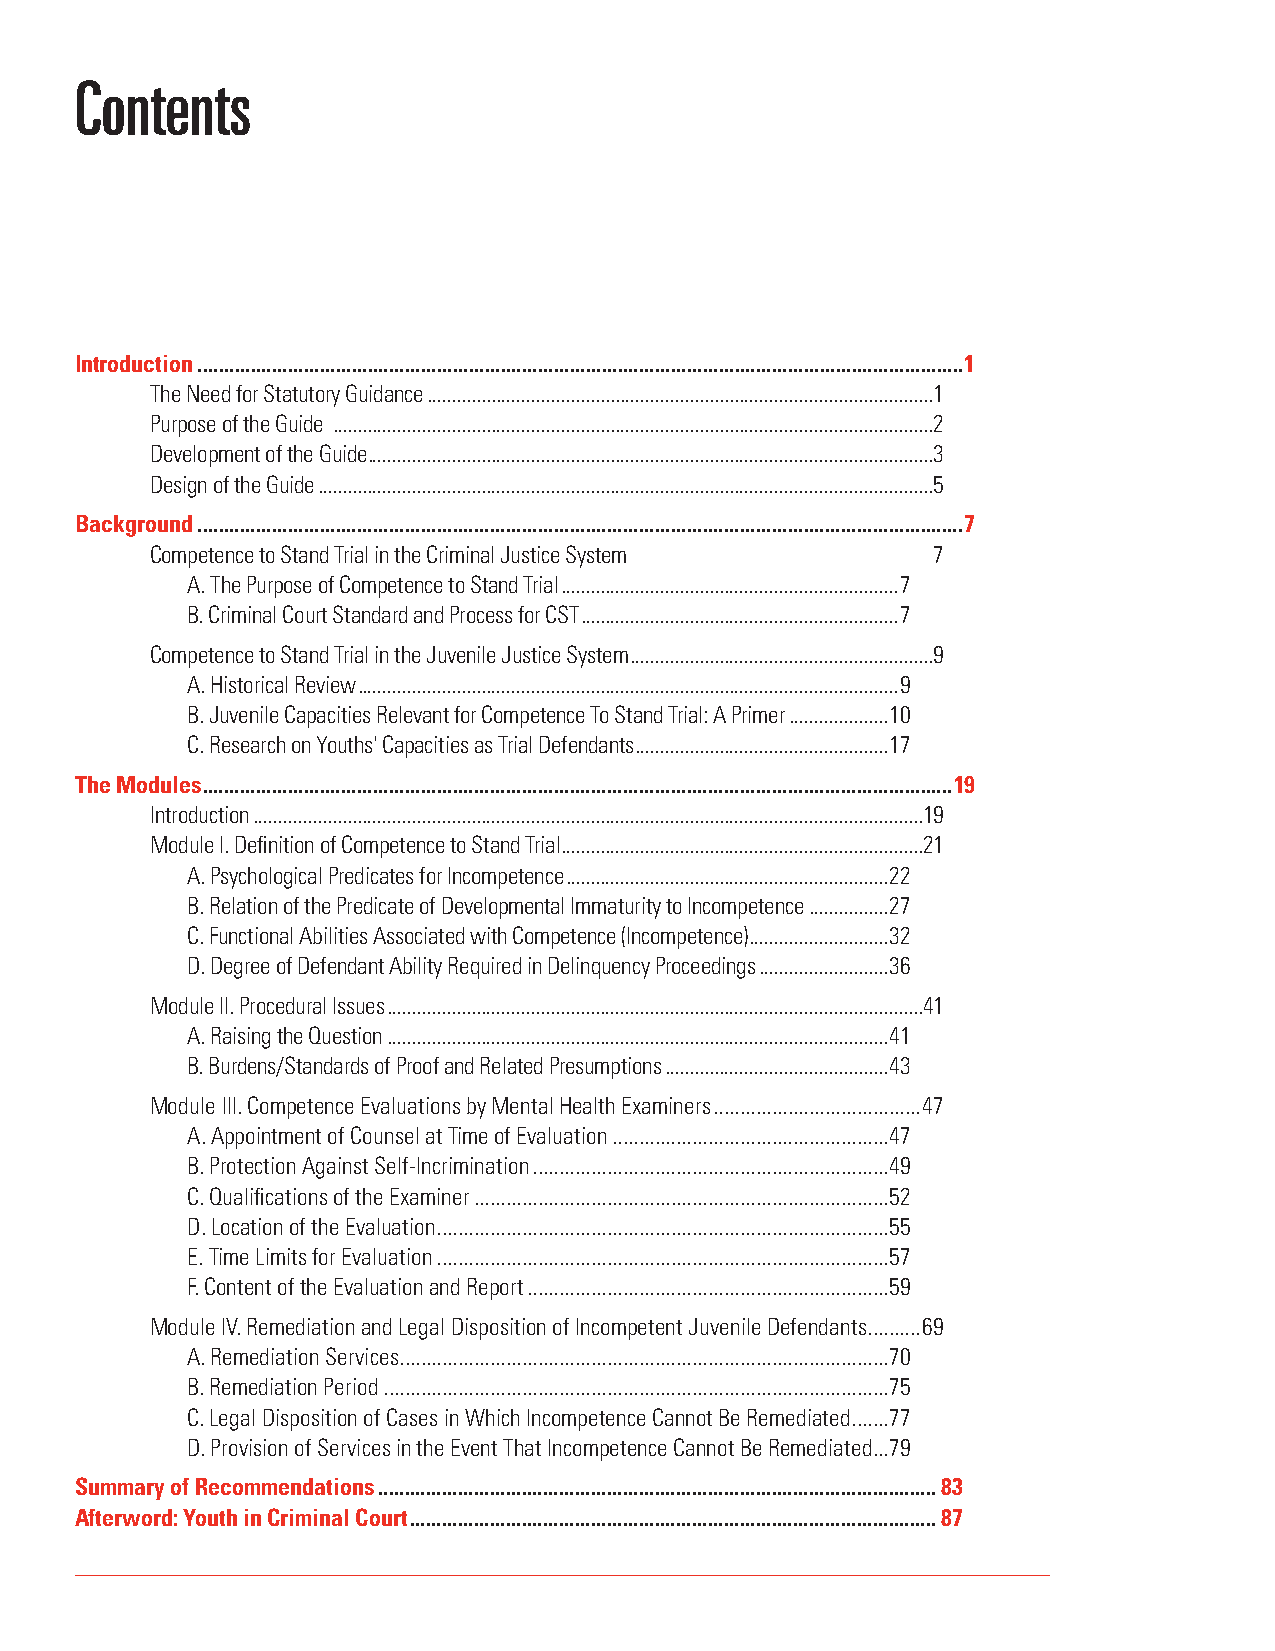
Contents
 Introduction ................................................................................................................................................1
 The Need for Statutory Guidance ......................................................................................................1
 Purpose of the Guide .........................................................................................................................2
 Development of the Guide ..................................................................................................................3
 Design of the Guide ............................................................................................................................5
 Background ................................................................................................................................................7
 Competence to Stand Trial in the Criminal Justice System 7
 A. The Purpose of Competence to Stand Trial ....................................................................7
 B. Criminal Court Standard and Process for CST ................................................................7
 Competence to Stand Trial in the Juvenile Justice System .............................................................9
 A. Historical Review .............................................................................................................9
 B. Juvenile Capacities Relevant for Competence To Stand Trial: A Primer ....................10
 C. Research on Youths' Capacities as Trial Defendants ...................................................17
 The Modules .............................................................................................................................................19
 Introduction .......................................................................................................................................19
 Module I. Definition of Competence to Stand Trial .........................................................................21
 A. Psychological Predicates for Incompetence .................................................................22
 B. Relation of the Predicate of Developmental Immaturity to Incompetence ................27
 C. Functional Abilities Associated with Competence (Incompetence) ............................32
 D. Degree of Defendant Ability Required in Delinquency Proceedings ..........................36
 Module II. Procedural Issues ............................................................................................................41
 A. Raising the Question .....................................................................................................41
 B. Burdens/Standards of Proof and Related Presumptions .............................................43
 Module III. Competence Evaluations by Mental Health Examiners .......................................47
 A. Appointment of Counsel at Time of Evaluation ....................................................47
 B. Protection Against Self-Incrimination ...................................................................49
 C. Qualifications of the Examiner ..............................................................................52
 D. Location of the Evaluation .....................................................................................55
 E. Time Limits for Evaluation .....................................................................................57
 F. Content of the Evaluation and Report ....................................................................59
 Module IV. Remediation and Legal Disposition of Incompetent Juvenile Defendants ..........69
 A. Remediation Services ............................................................................................70
 B. Remediation Period ...............................................................................................75
 C. Legal Disposition of Cases in Which Incompetence Cannot Be Remediated .......77
 D. Provision of Services in the Event That Incompetence Cannot Be Remediated ...79
 Summary of Recommendations .........................................................................................................83
 Afterword: Youth in Criminal Court ...................................................................................................87